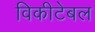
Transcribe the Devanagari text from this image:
विकीटेबल